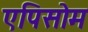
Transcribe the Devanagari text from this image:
एपिसोम